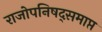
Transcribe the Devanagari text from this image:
राजोपनिषद्समाप्त